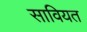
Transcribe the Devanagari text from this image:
सावियत